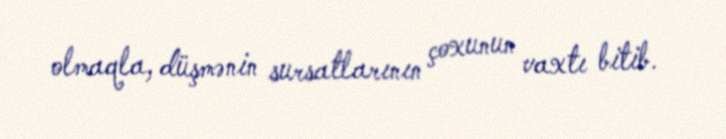
olmaqla, düşmənin sursatlarının çoxunun vaxtı bitib.